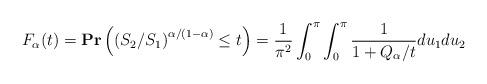
LaTeX: \begin{align*}&F_\alpha(t)= \mathbf{Pr}\left(\left({S_2}/{S_1}\right)^{\alpha/(1-\alpha)}\leq t\right)= \frac{1}{\pi^2}\int_0^{\pi}\int_0^{\pi} \frac{1}{1+Q_\alpha/t}du_1 du_2\end{align*}